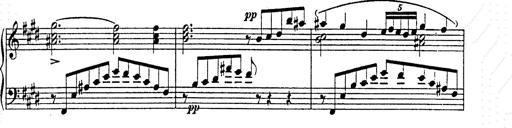
Title: AnnÃ©es de pÃ¨lerinage II
Composer: Franz Liszt